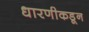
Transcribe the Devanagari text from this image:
धारणीकडून